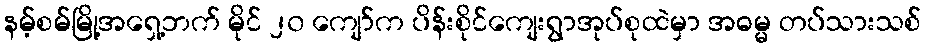
နမ့်စမ်မြို့အရှေ့ဘက် မိုင် ၂၀ ကျော်က ပိန်းစိုင်ကျေးရွာအုပ်စုထဲမှာ အဓမ္မ တပ်သားသစ်